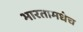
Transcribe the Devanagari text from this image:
भारतामधेच